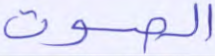
الصوت